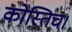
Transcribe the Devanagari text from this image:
कोस्तिच।